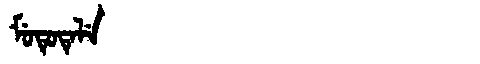
Manchu: ᠮᡠᡨᡠᡨᡝᠯᡝ
Romanization: MUTUTELE